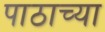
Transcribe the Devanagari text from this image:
पाठाच्या